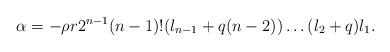
LaTeX: \begin{align*}\alpha = -\rho r 2^{n-1} (n-1)! (l_{n-1}+q(n-2))\ldots(l_2+q)l_1. \end{align*}